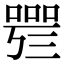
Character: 𠻰